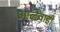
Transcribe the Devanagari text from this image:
आलेवाडी